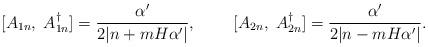
LaTeX: \begin{align*}[A_{1n},\;A_{1n}^\dagger]=\frac{\alpha'}{2|n+mH\alpha'|},\;\;\;\;\;\;\;\;[A_{2n},\;A_{2n}^\dagger]=\frac{\alpha'}{2|n-mH\alpha'|}.\end{align*}